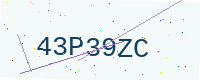
Text: 43P39ZC